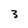
Character: 3